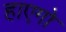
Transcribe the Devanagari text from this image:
हाएगो